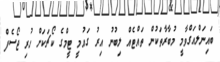
ބައިނަލްއަގްވާމީ މުބާރާތަކުން ތައްޓެއް ލިބުނު އިރު ގައުމީ ޓީމްގެ ކޯޗަކަށް ހުރި ޖޯސެފް